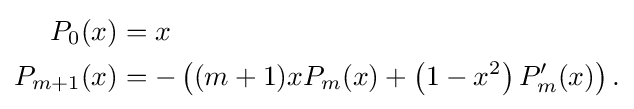
{\begin{aligned}P_{0}(x)&=x\\P_{m+1}(x)&=-\left((m+1)xP_{m}(x)+\left(1-x^{2}\right)P'_{m}(x)\right).\end{aligned}}